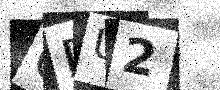
Text: GDU2